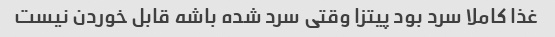
غذا کاملا سرد بود پیتزا وقتی سرد شده باشه قابل خوردن نیست